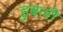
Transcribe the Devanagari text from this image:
डुबली